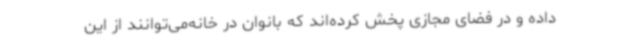
داده و در فضای مجازی پخش کرده‌اند که بانوان در خانه‌می‌توانند از این